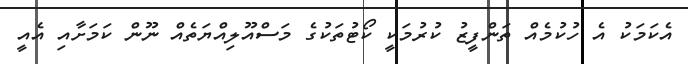
އެކަމަކު އެ ހުކުމެއް ތަންފީޒު ކުރުމަކީ ކޯޓުތަކުގެ މަސްއޫލިއްޔަތެއް ނޫން ކަމަށާއި އެއީ